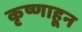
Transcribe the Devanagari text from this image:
कृष्णाहून